Report on the cultivation and use of ganja
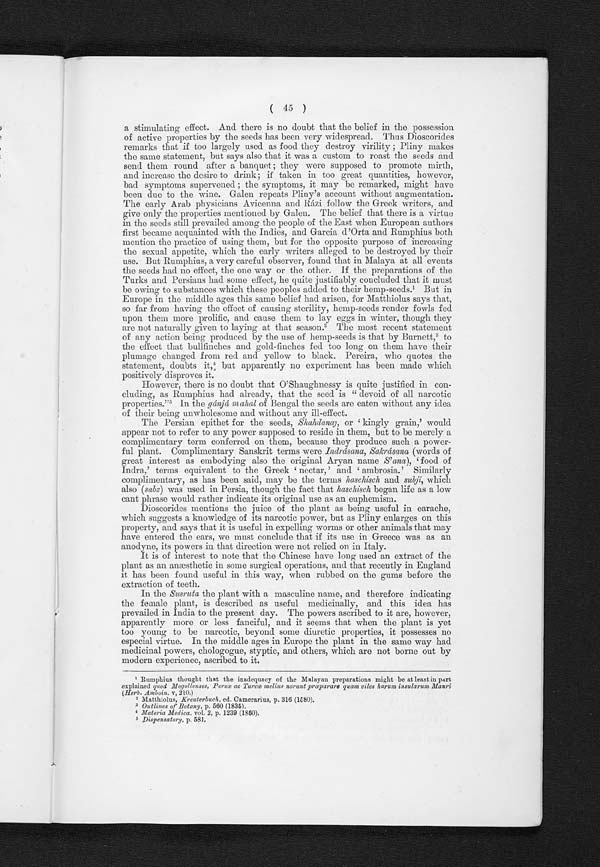
a stimulating effect. And there is no doubt that the belief in the possession
of active properties by the seeds has been very widespread. Thus Dioscorides
remarks that if too largely used as food they destroy virility ; Pliny makes
the same statement, but says also that it was a custom to roast the seeds and
send them round after a banquet ; they were supposed to promote mirth,
and increase the desire to drink; if taken in too great quantities, however,
bad symptoms supervened ; the symptoms, it may be remarked, might have
been due to the wine. Galen repeats Pliny's account without augmentation.
The early Arab physicians Avicenna and Rázi follow the Greek writers, and
give only the properties mentioned by Galen. The belief that there is a virtue
in the seeds still prevailed among the people of the East when European authors
first became acquainted with the Indies, and Garcia d'Orta and Rumphius both
mention the practice of using them, but for the opposite purpose of increasing
the sexual appetite, which the early writers alleged to be destroyed by their
use. But Rumphius, a very careful observer, found that in Malaya at all events
the seeds had no effect, the one way or the other. If the preparations of the
Turks and Persians had some effect, he quite justifiably concluded that it must
be owing to substances which these peoples added to their hemp-seeds.¹ But in
Europe in the middle ages this same belief had arisen, for Matthiolus says that,
so far from having the effect of causing sterility, hemp-seeds render fowls fed
upon them more prolific, and. cause them to lay eggs in whiter, though they
are not naturally given to laying at that season.² The most recent statement
of any action being produced by the use of hemp-seeds is that by Burnett,³ to
the effect that bullfinches and gold-finches fed too long on them have their
plumage changed from red and yellow to black. Pereira, who quotes the
statement, doubts it, 4, but apparently no experiment has been made which
positively disproves it.
However, there is no doubt that O'Shaughnessy is quite justified in con-
cluding, as Rumphius had already, that the seed is " devoid of all narcotic
properties."5 In theg á n j á m a h a l
o f B e n g a l t h e s e e d s a r e e a t e n w i t h o u t a n y i d e a
of their being unwholesome and without any ill-effect.
The Persian epithet for the seeds, Shahdanay, or 'kingly grain,' would
appear not to refer to any power supposed to reside in them, but to be merely a
complimentary term conferred on them, because they produce such a power-
ful plant. Complimentary Sanskrit terms were Indrásana, Sakrásana (words of
great interest as embodying also the original Aryan name S' ana), 'food of
Indra,' terms equivalent to the Greek 'nectar,' and 'ambrosia.' Similarly
complimentary, as has been said, may be the terms haschisch and subji, which
also (subz) was used in Persia, though the fact that haschisch began life as a low
cant phrase would rather indicate its original use as an euphemism.
Dioscorides mentions the juice of the plant as being useful in earache,
which suggests a knowledge of its narcotic power, but as Pliny enlarges on this
property, and says that it is useful in expelling worms or other animals that may
have entered the ears, we must conclude that if its use in Greece was as an
anodyne, its powers in that direction were not relied on in Italy.
It is of interest to note that the Chinese have long used an extract of the
plant as an anæsthetic in some surgical operations, and that recently in England
it has been found useful in this way, when rubbed on the gums before the
extraction of teeth.
In the Susruta the plant with a masculine name, and therefore indicating
the female plant, is described as useful medicinally, and this idea has
prevailed in India to the present day. The powers ascribed to it are, however,
apparently more or less fanciful, and it seems that when the plant is yet
too young to be narcotic, beyond some diuretic properties, it possesses no
especial virtue. In the middle ages in Europe the plant in the same way had
medicinal powers, chologogue, styptic, and others, which are not borne out by
modern experience, ascribed to it.
¹ Rumphius thought that the inadequacy of the Malayan preparations might be at least in part
explained quod Mogollenses, Persœ ac Turcœ melius norunt prœparare quam viles harum insularum
(Herb. Amboin. v, 210.)
²Matthiolus, Kreuterbuck, ed. Camerarius, p. 316 (1580).
3 Outlines of Botany , p. 560 (1835).
4 Materia Medica , vol. 2, p. 1239 (1850).
5 Dispensatory, p. 581.